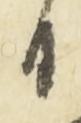
日